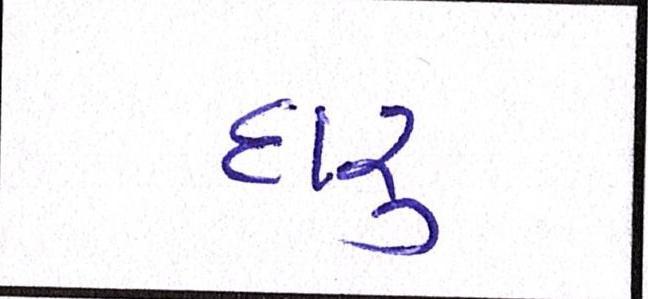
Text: દારૃ